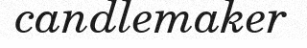
candlemaker